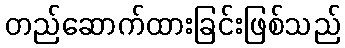
တည်ဆောက်ထားခြင်းဖြစ်သည်